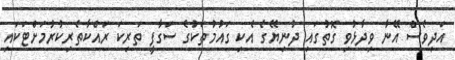
އަދިވެސް އޭނާ ވިދާޅުވި ގޮތުގައި ދުނިޔޭގެ އެކި ގައުމުތަކުގެ ސަގާފީ ތަރިކަ ރައްކާތެރިކުރުމަށްޓަކައި